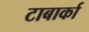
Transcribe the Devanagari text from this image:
टाबार्का